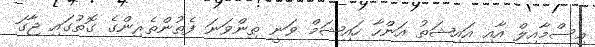
އިސްމާއިލް އާއި އައިޝަތު އަންހާ ހައިޝަމް ވަނީ ތިންވަނަ ފެތުންތެރިންގެ ގޮތުގައި ޖާގަ